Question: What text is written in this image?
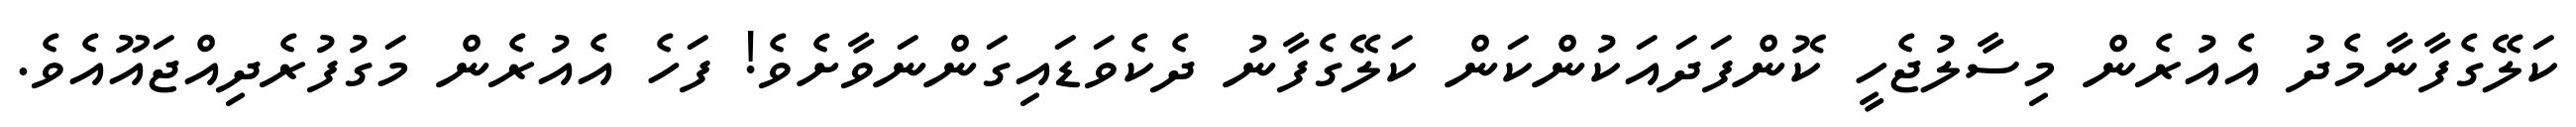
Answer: ކަލޭގެފާނާމެދު އެއުރެން މިސާލުޖެހީ ކޮންފަދައަކުންކަން ކަލޭގެފާނު ދެކެވަޑައިގަންނަވާށެވެ! ފަހެ އެއުރެން މަގުފުރެދިއްޖައޫއެވެ.